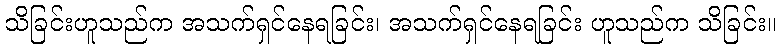
သိခြင်းဟူသည်က အသက်ရှင်နေရခြင်း၊ အသက်ရှင်နေရခြင်း ဟူသည်က သိခြင်း။